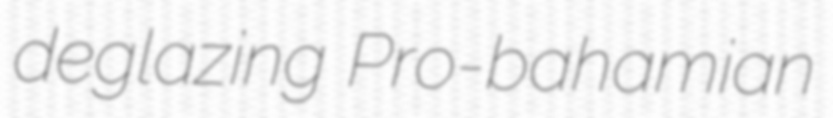
deglazing Pro-bahamian